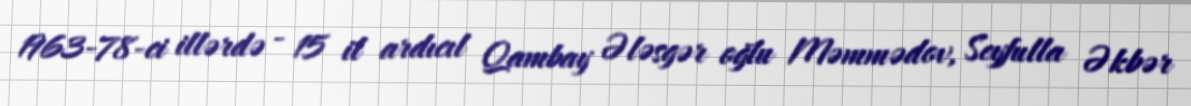
1963-78-ci illərdə - 15 il ardıcıl Qambay Ələsgər oğlu Məmmədov, Seyfulla Əkbər